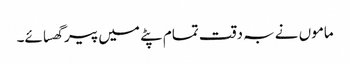
ماموں نے بہ دقت تمام پٹے میں پیر گھسائے۔